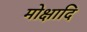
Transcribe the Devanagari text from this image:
मोक्षादि